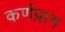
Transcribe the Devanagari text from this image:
कर्णप्राग